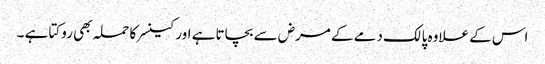
اس کے علاوہ پالک دمے کے مرض سے بچاتا ہے اور کینسر کا حملہ بھی روکتا ہے ۔